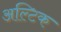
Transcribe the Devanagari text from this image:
अल्टिक